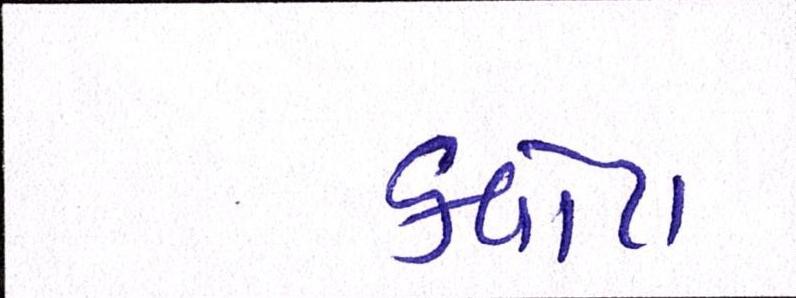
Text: ક્વોટા